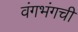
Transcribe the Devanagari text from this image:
वंगभंगची